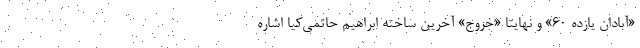
«آبادان یازده ۶۰» و نهایتاً «خروج» آخرین ساخته ابراهیم حاتمی‌کیا اشاره